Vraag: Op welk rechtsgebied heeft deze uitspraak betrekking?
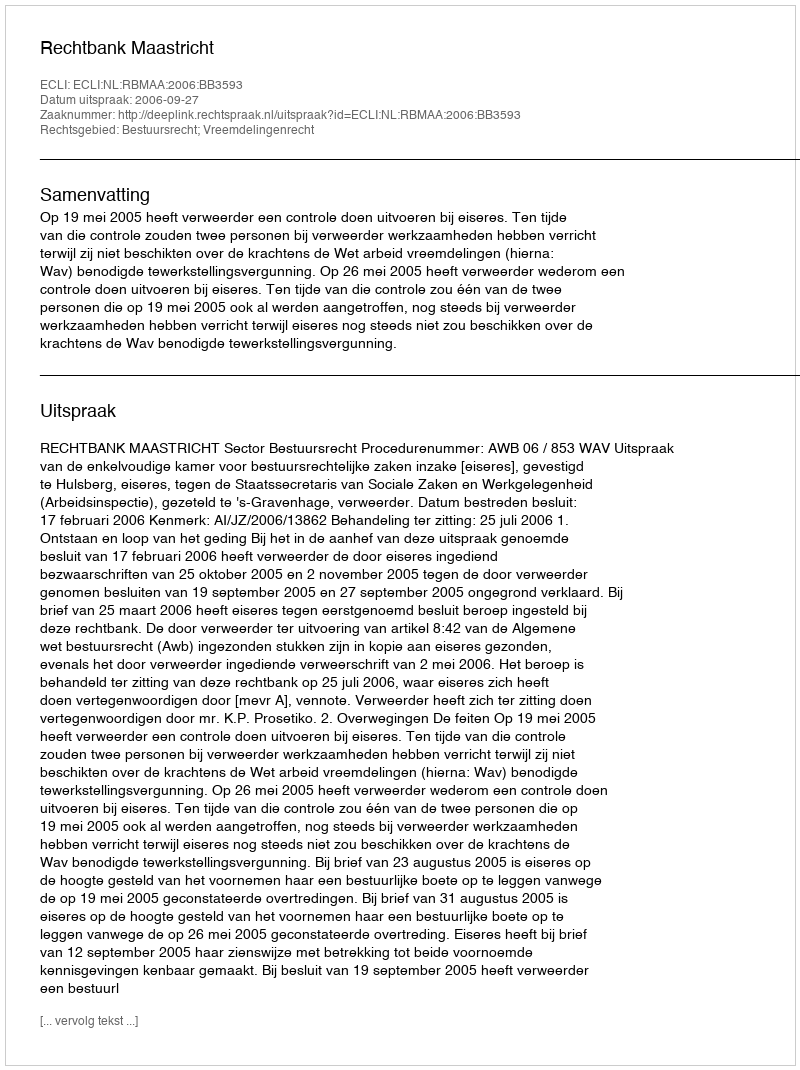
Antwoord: Bestuursrecht; Vreemdelingenrecht